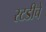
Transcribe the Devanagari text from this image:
स्टडीचे